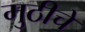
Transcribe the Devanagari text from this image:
मुठीचें